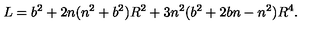
L = b ^ { 2 } + 2 n ( n ^ { 2 } + b ^ { 2 } ) R ^ { 2 } + 3 n ^ { 2 } ( b ^ { 2 } + 2 b n - n ^ { 2 } ) R ^ { 4 } .